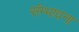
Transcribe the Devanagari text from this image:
संम्भावना